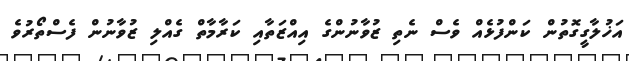
އަޚުލާގީގޮތުން ކަންފުޅެއް ވެސް ނެތި ޒުވާނުންގެ އިއްޒަތާއި ކަރާމާތް ގެއްލި ޒުވާނުން ފެސްތޯރުވެ